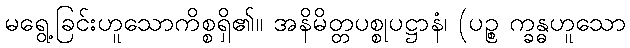
မရွေ့ခြင်းဟူသောကိစ္စရှိ၏။ အနိမိတ္တပစ္စုပဋ္ဌာနံ၊ (ပဉ္စ က္ခန္ဓဟူသော